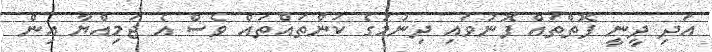
އަދި ދީނީ ފޮތްތައް ފޮނުވައި ދިނުމުގެ ކަންތައްތައް ވެސް އެ ޖަމިއްޔާ އިން